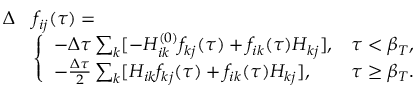
\begin{array} { r l } { \Delta } & { f _ { i j } ( \tau ) = } \\ & { \left\{ \begin{array} { l l } { - \Delta \tau \sum _ { k } [ - H _ { i k } ^ { ( 0 ) } f _ { k j } ( \tau ) + f _ { i k } ( \tau ) H _ { k j } ] , } & { \tau < \beta _ { T } , } \\ { - \frac { \Delta \tau } { 2 } \sum _ { k } [ H _ { i k } f _ { k j } ( \tau ) + f _ { i k } ( \tau ) H _ { k j } ] , } & { \tau \ge \beta _ { T } . } \end{array} \right. } \end{array}